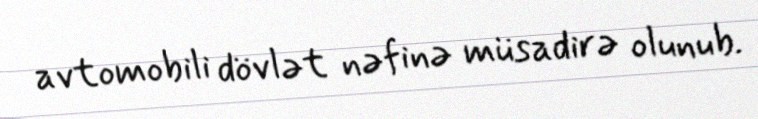
avtomobili dövlət nəfinə müsadirə olunub.